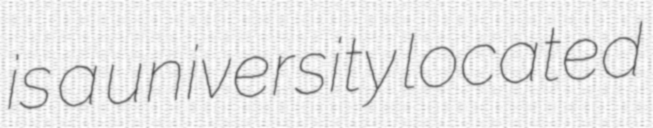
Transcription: is a university located